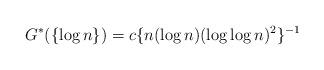
LaTeX: \begin{align*}G^*( \{\log n\}) = c \{n (\log n) (\log\log n)^2\}^{-1}\end{align*}